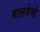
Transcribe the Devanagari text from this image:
वालडेनो